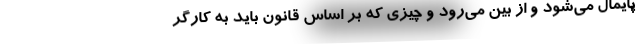
پایمال می‌شود و از بین می‌رود و چیزی که بر اساس قانون باید به کارگر